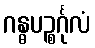
ဂန္ဓပဉ္စင်္ဂုလံ